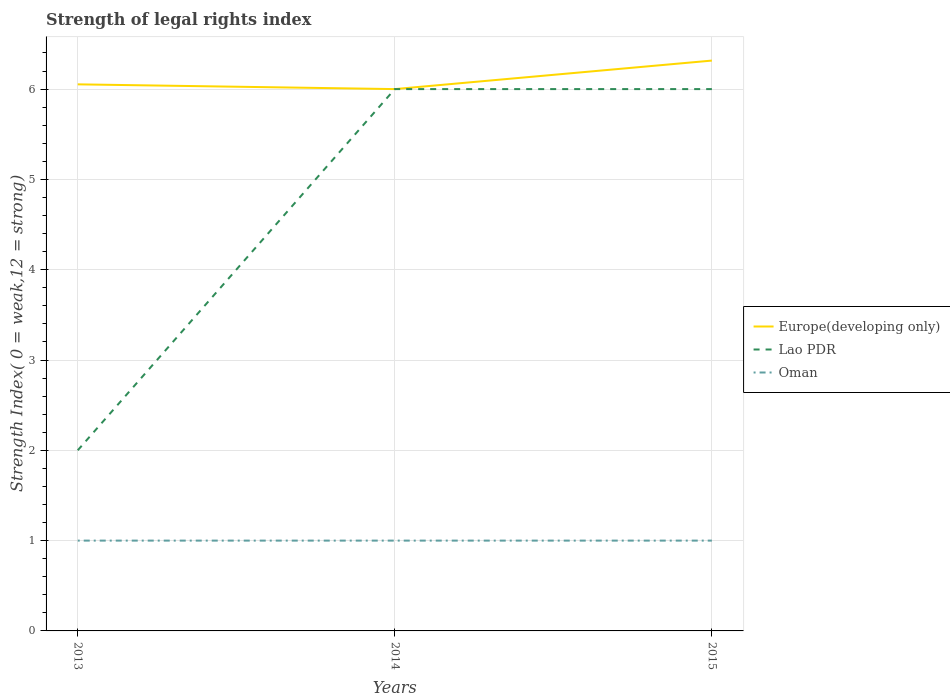
| Years | Europe(developing only) | Lao PDR | Oman |
 | --- | --- | --- | --- |
 | 2013 | 6.05 | 2 | 1 |
 | 2014 | 6 | 6 | 1 |
 | 2015 | 6.32 | 6 | 1 |